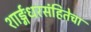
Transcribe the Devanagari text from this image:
शार्ङ्गधरसंहितेचा